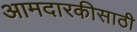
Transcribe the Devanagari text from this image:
आमदारकीसाठी